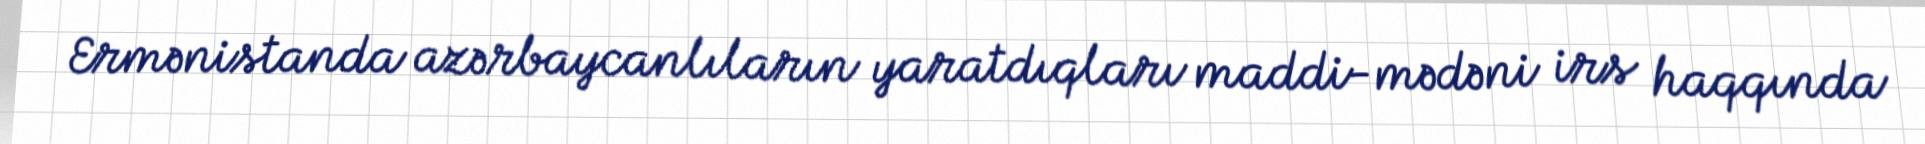
Ermənistanda azərbaycanlıların yaratdıqları maddi-mədəni irs haqqında